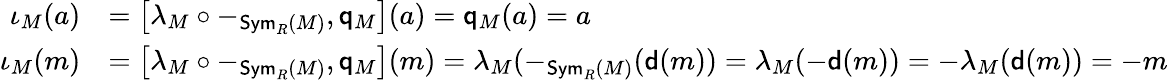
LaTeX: \begin{array}{rl}{\iota_{M}(a)}&{=\left[\lambda_{M}\circ-_{\mathsf{Sym}_{R}(M)},\mathsf{q}_{M}\right](a)=\mathsf{q}_{M}(a)=a}\\ {\iota_{M}(m)}&{=\left[\lambda_{M}\circ-_{\mathsf{Sym}_{R}(M)},\mathsf{q}_{M}\right](m)=\lambda_{M}(-_{\mathsf{Sym}_{R}(M)}(\mathsf{d}(m))=\lambda_{M}(-\mathsf{d}(m))=-\lambda_{M}(\mathsf{d}(m))=-m}\end{array}